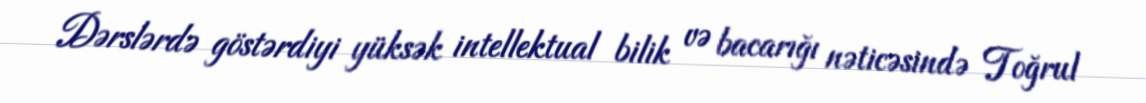
Dərslərdə göstərdiyi yüksək intellektual bilik və bacarığı nəticəsində Toğrul